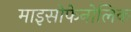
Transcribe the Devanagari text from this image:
माइसोफेनोलिक